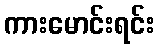
ကားမောင်းရင်း